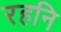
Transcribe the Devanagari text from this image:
रहनि